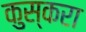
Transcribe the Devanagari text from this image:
कुस्करा